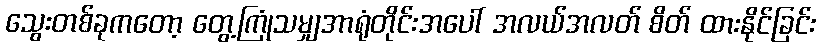
သွေးတစ်ခုကတော့ တွေ့ကြုံသမျှအာရုံတိုင်းအပေါ် အလယ်အလတ် စိတ် ထားနိုင်ခြင်း